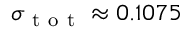
\sigma _ { \mathrm { ~ t ~ o ~ t ~ } } \approx 0 . 1 0 7 5